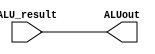
`timescale 1ns / 1ps
//////////////////////////////////////////////////////////////////////////////////
// Company: 
// Engineer: 
// 
// Design Name: 
// Module Name: ALUout_Register
// Project Name: 
// Target Devices: 
// Tool Versions: 
// Description: 
// 
// Dependencies: 
// 
// Revision:
// Revision 0.01 - File Created
// Additional Comments:
// 
//////////////////////////////////////////////////////////////////////////////////


module ALUout_Register(
    input[31:0] ALU_result,
    output reg [31:0] ALUout
    );
    always@(ALU_result)begin
        ALUout <= ALU_result;
        end
endmodule